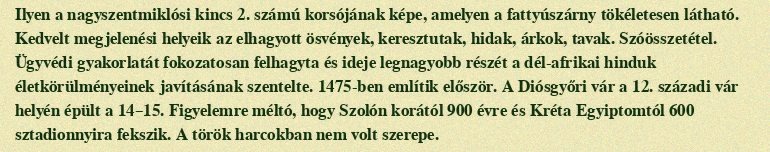
Ilyen a nagyszentmiklósi kincs 2. számú korsójának képe, amelyen a fattyúszárny tökéletesen látható. Kedvelt megjelenési helyeik az elhagyott ösvények, keresztutak, hidak, árkok, tavak. Szóösszetétel. Ügyvédi gyakorlatát fokozatosan felhagyta és ideje legnagyobb részét a dél-afrikai hinduk életkörülményeinek javításának szentelte. 1475-ben említik először. A Diósgyőri vár a 12. századi vár helyén épült a 14–15. Figyelemre méltó, hogy Szolón korától 900 évre és Kréta Egyiptomtól 600 sztadionnyira fekszik. A török harcokban nem volt szerepe.